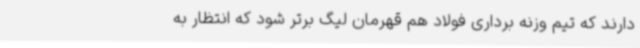
دارند که تیم وزنه برداری فولاد هم قهرمان لیگ برتر شود که انتظار به